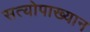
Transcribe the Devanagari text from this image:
सत्योपाख्यान